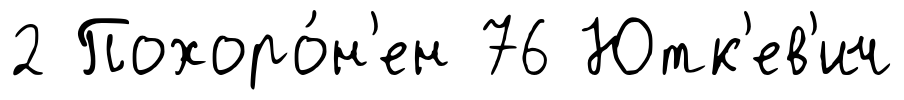
2 Похоро́н'ен 76 Ютк'ев'ич